Riigikantselei, lk 4
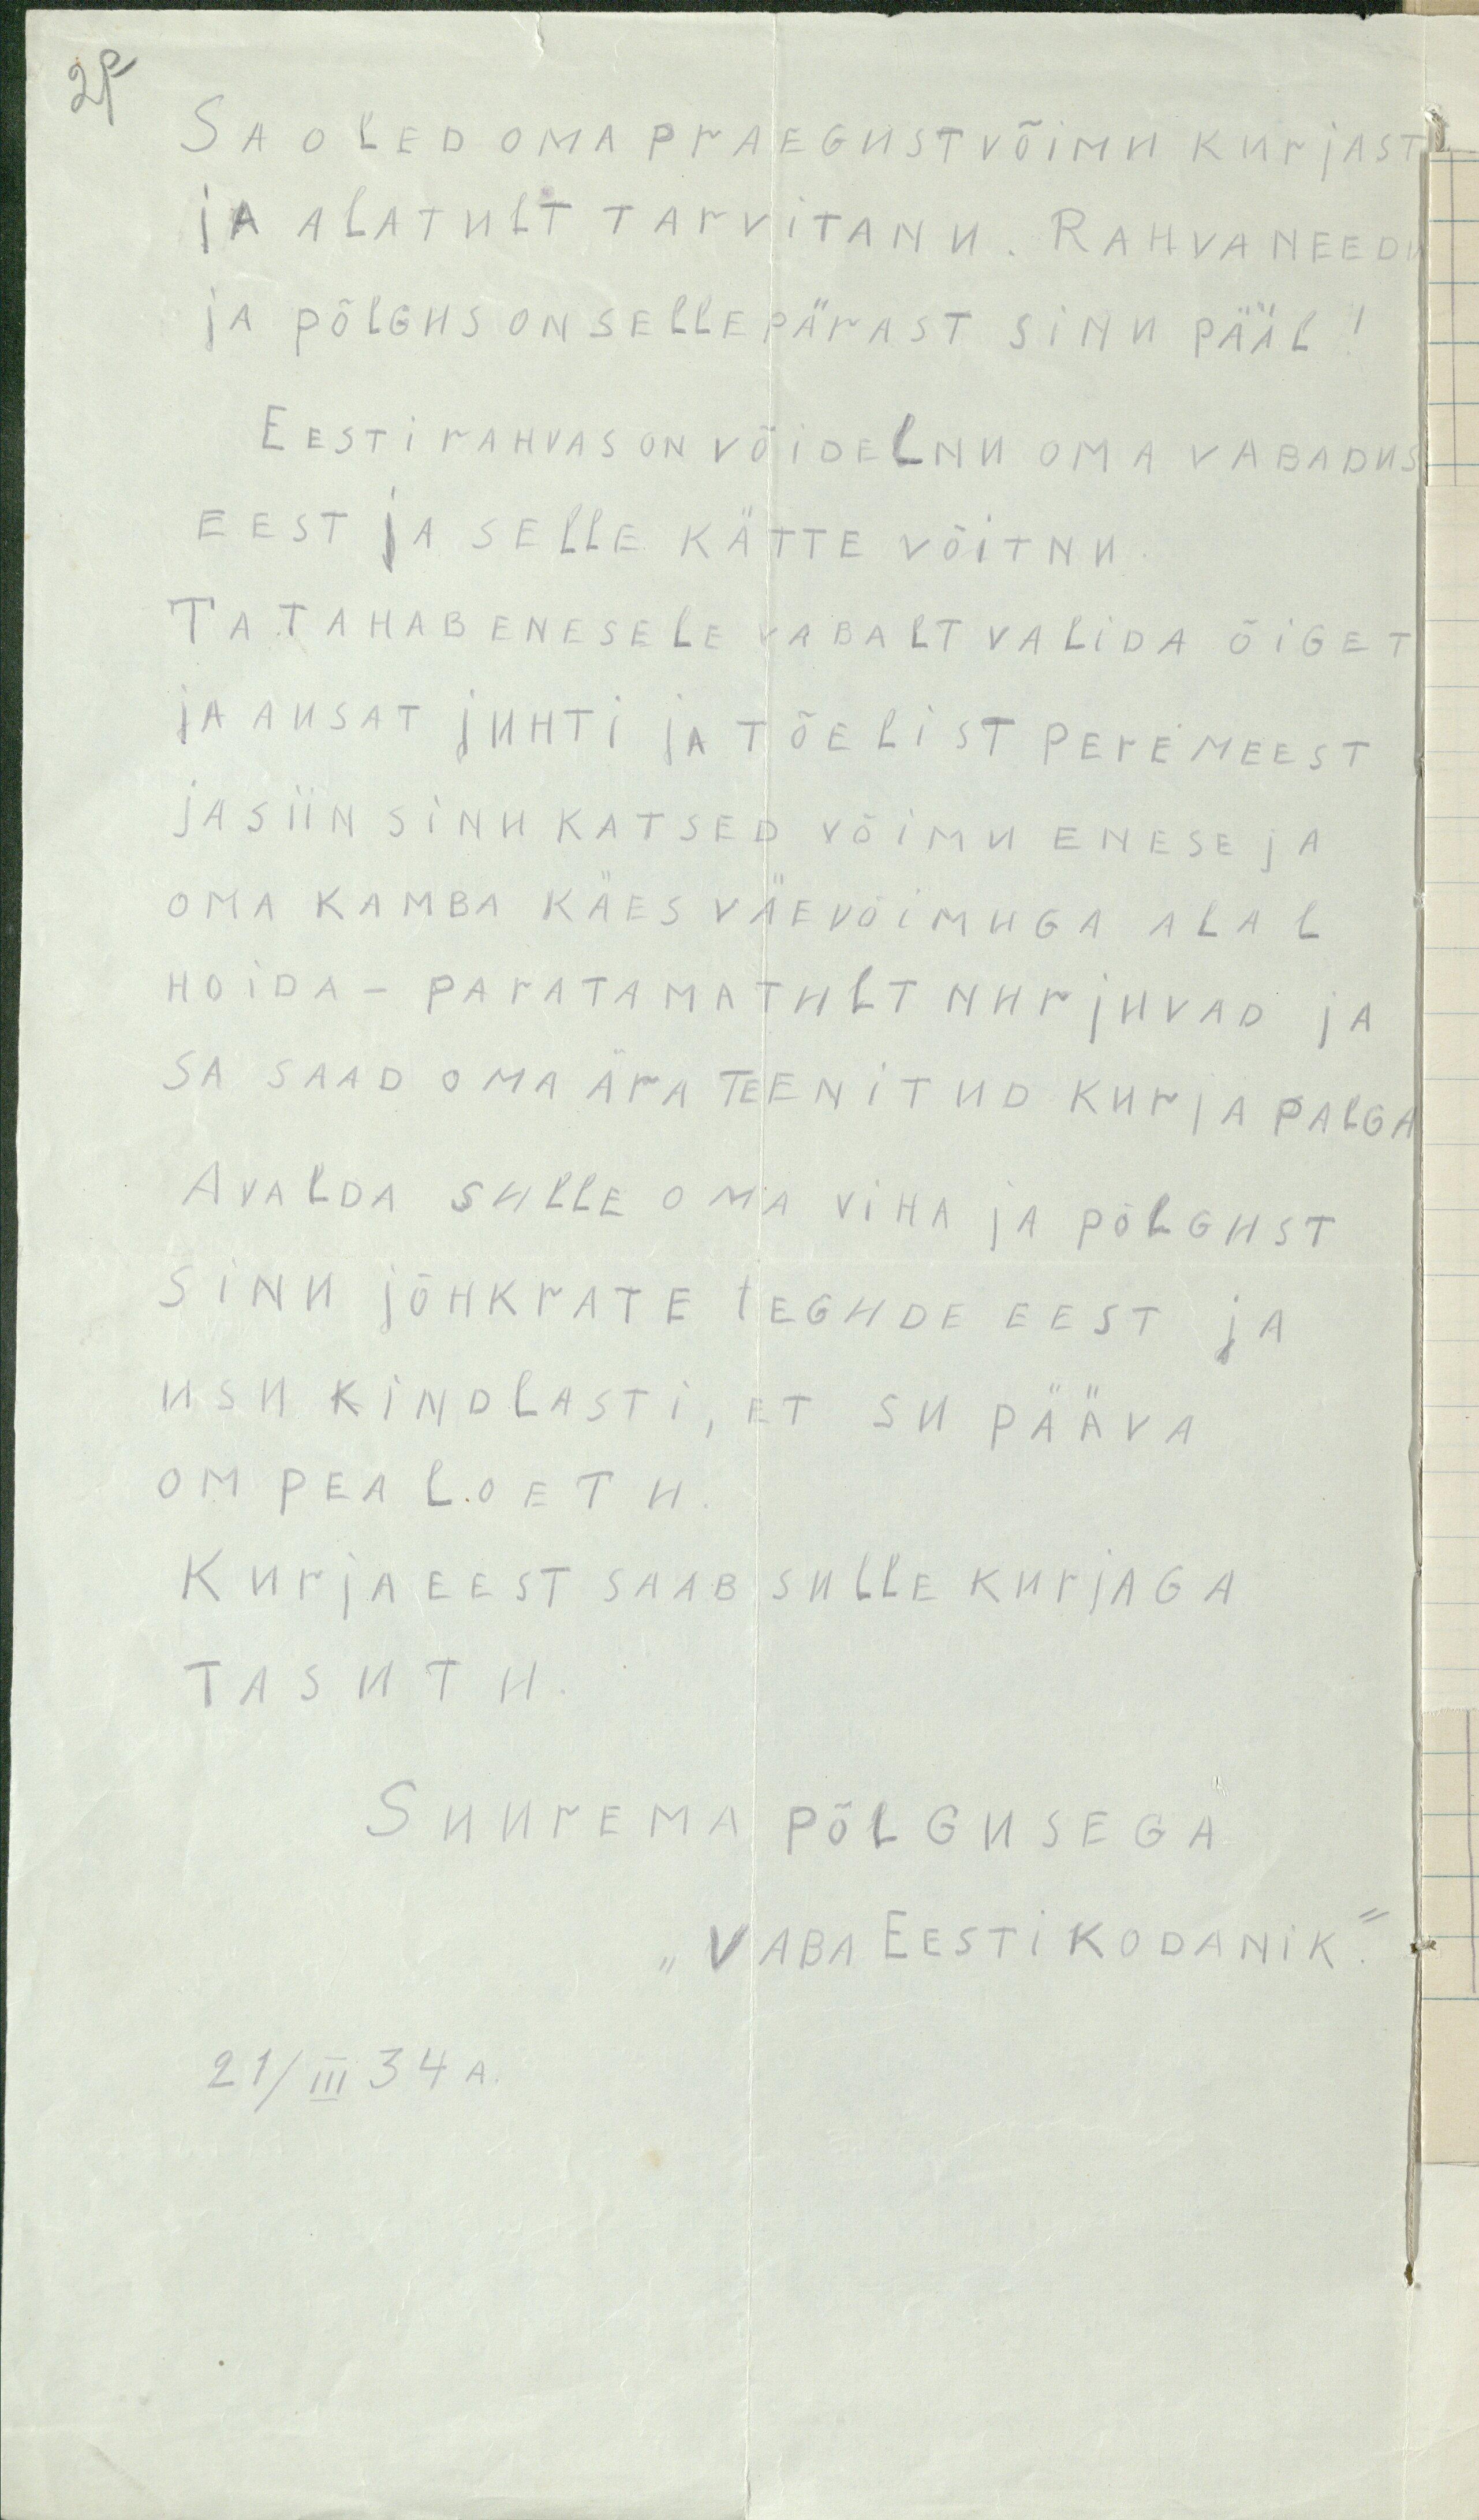
2p

SA OLED OMA PRAEGUST VÕIMU KURJAST
JA ALATULT TARVITANU. RAHVA NEEDU
JA PÕLGUS ON SELLEPÄRAST SINU PÄÄL !
EESTI RAHVAS ON VÕIDELNU OMA VABADUS
EEST JA SELLE KÄTTE VÕITNU
TA TAHAB ENESELE VABALT VALIDA ÕIGET
JA AUSAT JUHTI JA TÕELIST PEREMEEST
JA SIIN SINU KATSED VÕIMU ENESE JA
OMA KAMBA KÄES VÄEVÕIMUGA ALAL
HOIDA - PARATAMATULT NURJUVAD JA
SA SAAD OMA ÄRA TEENITUD KURJA PALGA
AVALDA SULLE OMA VIHA JA PÕLGUST
SINU JÕHKRATE TEGUDE EEST JA
USU KINDLASTI, ET SU PÄÄVA
OM PEA LOETU
KURJA EEST SAAB SULLE KURJAGA
TASUTU
SUUREMA PÕLGUSEGA
"VABA EESTI KODANIK"
21/III 34 A.